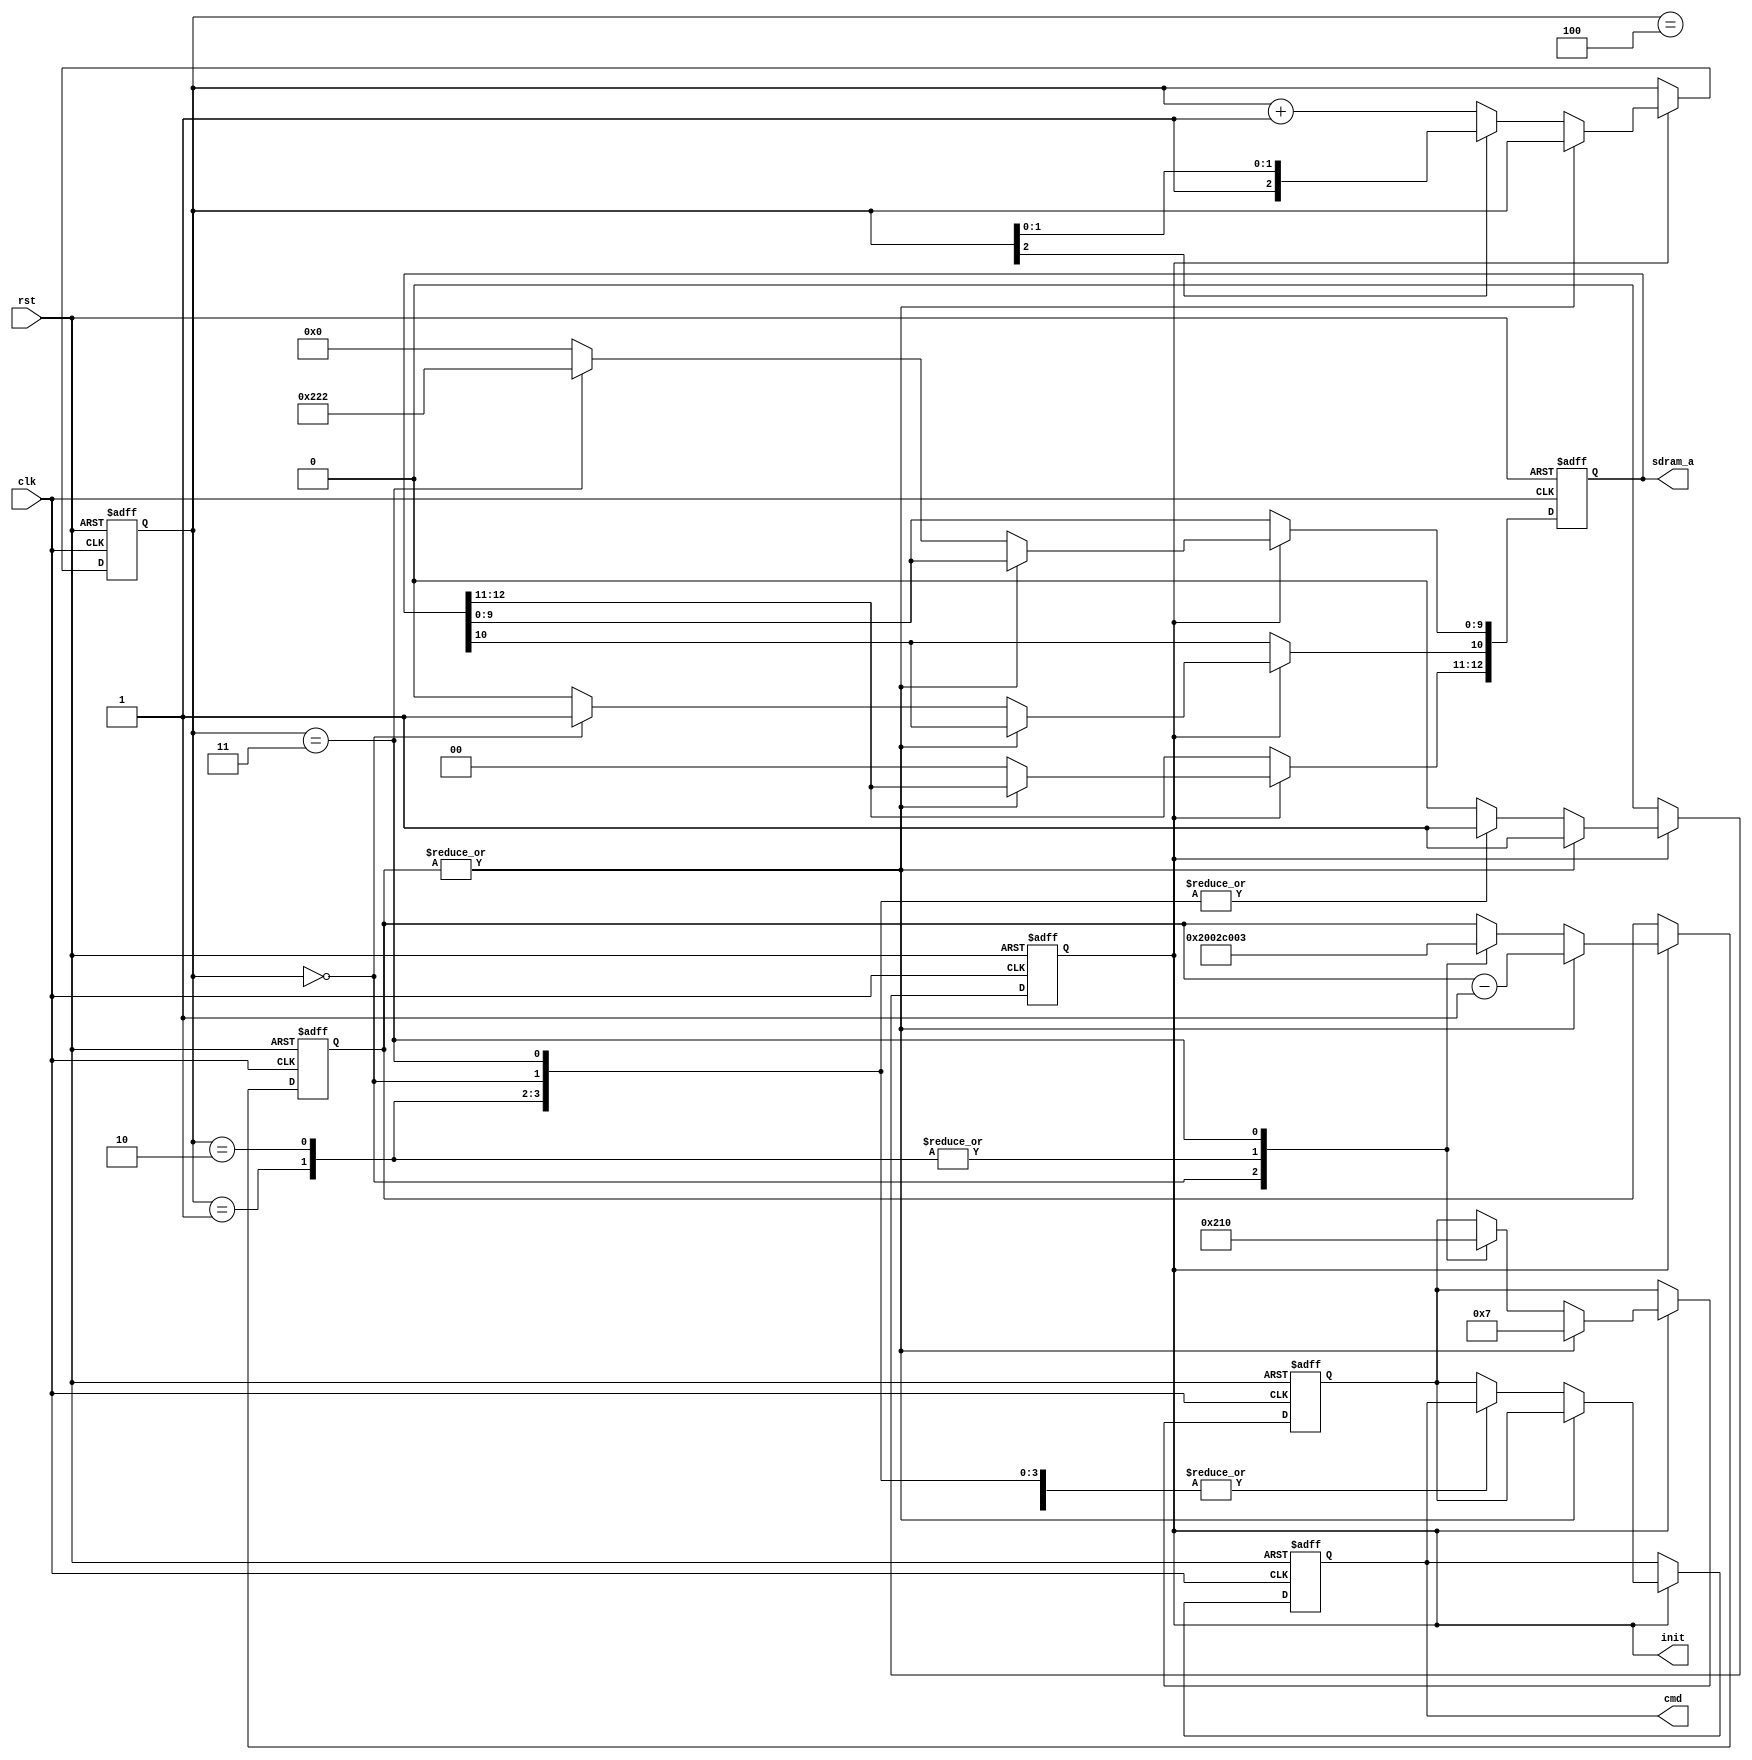
/*  This file is part of JTFRAME.
    JTFRAME program is free software: you can redistribute it and/or modify
    it under the terms of the GNU General Public License as published by
    the Free Software Foundation, either version 3 of the License, or
    (at your option) any later version.

    JTFRAME program is distributed in the hope that it will be useful,
    but WITHOUT ANY WARRANTY; without even the implied warranty of
    MERCHANTABILITY or FITNESS FOR A PARTICULAR PURPOSE.  See the
    GNU General Public License for more details.

    You should have received a copy of the GNU General Public License
    along with JTFRAME.  If not, see <http://www.gnu.org/licenses/>.

    Author: Jose Tejada Gomez. Twitter: @topapate
    Version: 1.0
    Date: 29-4-2021 */

module jtframe_sdram64_init #(parameter
    HF      =1,
    BURSTLEN=64
) (
    input               rst,
    input               clk,

    output   reg        init,
    output   reg  [3:0] cmd,
    output   reg [12:0] sdram_a
);

localparam [13:0] INIT_WAIT = HF ? 14'd10_000 : 14'd5_000; // 100us for 96MHz/48MHz

//                             /CS /RAS /CAS /WE
localparam CMD_LOAD_MODE   = 4'b0___0____0____0, // 0
           CMD_REFRESH     = 4'b0___0____0____1, // 1
           CMD_PRECHARGE   = 4'b0___0____1____0, // 2
           CMD_ACTIVE      = 4'b0___0____1____1, // 3
           CMD_WRITE       = 4'b0___1____0____0, // 4
           CMD_READ        = 4'b0___1____0____1, // 5
           CMD_STOP        = 4'b0___1____1____0, // 6 Burst terminate
           CMD_NOP         = 4'b0___1____1____1, // 7
           CMD_INHIBIT     = 4'b1___0____0____0; // 8

// initialization signals
reg [13:0] wait_cnt;
reg [ 2:0] init_st;
reg [ 3:0] init_cmd;

always @(posedge clk, posedge rst) begin
    if( rst ) begin
        // initialization loop
        init     <= 1;
        wait_cnt <= INIT_WAIT; // wait for 100us
        init_st  <= 3'd0;
        init_cmd <= CMD_NOP;
        // SDRAM pins
        cmd      <= CMD_NOP;
        sdram_a  <= 13'd0;
    end else if( init ) begin
        if( |wait_cnt ) begin
            wait_cnt <= wait_cnt-14'd1;
            init_cmd <= CMD_NOP;
            cmd      <= init_cmd;
        end else begin
            sdram_a  <= 13'd0;
            if(!init_st[2]) init_st <= init_st+3'd1;
            case(init_st)
                3'd0: begin
                    init_cmd   <= CMD_PRECHARGE;
                    sdram_a[10]<= 1; // all banks
                    wait_cnt   <= 14'd2;
                end
                3'd1: begin
                    init_cmd <= CMD_REFRESH;
                    wait_cnt <= 14'd11;
                end
                3'd2: begin
                    init_cmd <= CMD_REFRESH;
                    wait_cnt <= 14'd11;
                end
                3'd3: begin
                    init_cmd <= CMD_LOAD_MODE;
                    sdram_a  <= {10'b00_1_00_010_0,BURSTLEN==64?3'b010:(BURSTLEN==32?3'b001:3'b000)}; // CAS Latency = 2, burst = 1-4
                    wait_cnt <= 14'd3;
                end
                3'd4: begin
                    init <= 0;
                end
                default: begin
                    cmd  <= init_cmd;
                    init <= 0;
                end
            endcase
        end
    end
end

endmodule